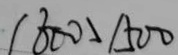
1 8 0 0 > 1 5 0 0